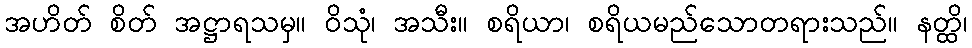
အဟိတ် စိတ် အဋ္ဌာရသမှ။ ဝိသုံ၊ အသီး။ စရိယာ၊ စရိယမည်သောတရားသည်။ နတ္ထိ၊